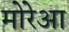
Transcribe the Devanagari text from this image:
मोरेआ